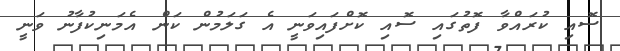
ސޮއި ކުރައްވާ ފޮތުގައި ސޮއި ކޮށްފައިވަނީ އެ ގަލަމުން ކަން އެމަނިކުފާނު ވަނީ